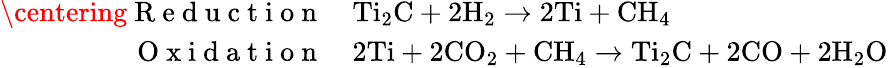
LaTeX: \begin{array}{rl}{\centering\mathrm{~R~e~d~u~c~t~i~o~n~}}&{{}\mathrm{Ti_{2}C}+\mathrm{2H_{2}}\rightarrow\mathrm{2Ti}+\mathrm{CH_{4}}}\\ {\mathrm{~O~x~i~d~a~t~i~o~n~}}&{{}\mathrm{2Ti}+\mathrm{2CO_{2}}+\mathrm{CH_{4}}\rightarrow\mathrm{Ti_{2}C}+\mathrm{2CO}+\mathrm{2H_{2}O}}\end{array}